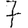
Digit: 7